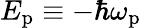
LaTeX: E_{\mathrm{p}}\equiv-\hbar\omega_{\mathrm{p}}